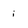
Character: i